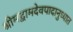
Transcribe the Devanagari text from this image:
श्रीमद्वामदेवपादानुध्यात